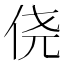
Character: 侥